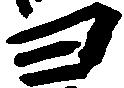
ヨ